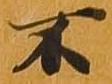
不